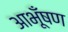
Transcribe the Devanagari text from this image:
आभूँषण